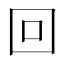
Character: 回